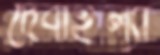
দেবাইল্যা